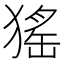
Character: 猺